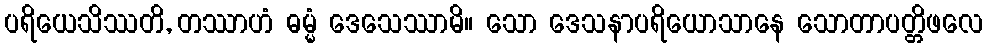
ပရိယေသိဿတိ, တဿာဟံ ဓမ္မံ ဒေသေဿာမိ။ သော ဒေသနာပရိယောသာနေ သောတာပတ္တိဖလေ